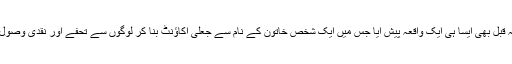
کچھ عرصہ قبل بھی ایسا ہی ایک واقعہ پیش آیا جس میں ایک شخص خاتون کے نام سے جعلی اکاؤنٹ بنا کر لوگوں سے تحفے اور نقدی وصول کررہا تھا۔